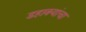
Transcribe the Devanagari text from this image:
डहाक्यांचा